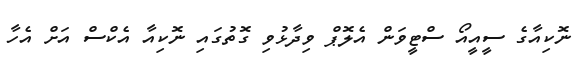
ނޮކިއާގެ ސީއީއޯ ސްޓީވަން އެލޮޕް ވިދާޅުވި ގޮތުގައި ނޮކިއާ އެކްސް އަށް އެހާ